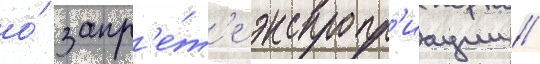
о́ запр'е́т'е экспропр'иации //